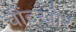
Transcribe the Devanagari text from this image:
चींटखोर